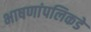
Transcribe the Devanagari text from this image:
भाषणांपलिकडे